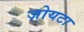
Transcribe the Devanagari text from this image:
ज़ोयटा